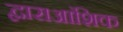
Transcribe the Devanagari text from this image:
द्वाराआंशिक